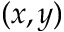
( x , y )